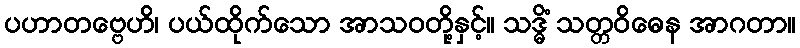
ပဟာတဗ္ဗေဟိ၊ ပယ်ထိုက်သော အာသဝတို့နှင့်။ သဒ္ဓိံ သတ္တဝိဓေန အာဂတာ။